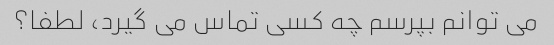
می توانم بپرسم چه کسی تماس می گیرد، لطفا؟